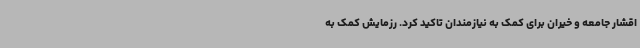
اقشار جامعه و خیران برای کمک به نیازمندان تاکید کرد. رزمایش کمک به